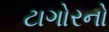
ટાગોરનો